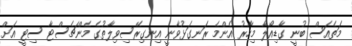
މަތެއަސް ބުނީ ގާޑިއޯލާ މިހާރު އެންމެ ރަނގަޅުވާނީ އިނގިރޭސިވިލާތުގެ މެންޗެސްޓާ ސިޓީ އަށް